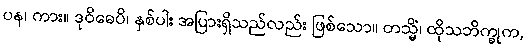
ပန၊ ကား။ ဒုဝိဓေပိ၊ နှစ်ပါး အပြားရှိသည်လည်း ဖြစ်သော။ တသ္မိံ၊ ထိုသဘိက္ခုက,